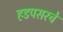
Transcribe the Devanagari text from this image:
हडपसरचे